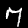
Digit: 7